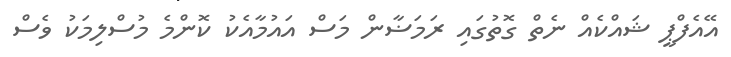
އޭއެފްޕީ ޝައްކެއް ނެތް ގޮތުގައި ރަމަޟާން މަސް އައުމާއެކު ކޮންމެ މުސްލިމަކު ވެސް